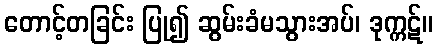
တောင့်တခြင်း ပြု၍ ဆွမ်းခံမသွားအပ်၊ ဒုက္ကဋ်။